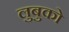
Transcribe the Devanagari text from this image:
लुबुको